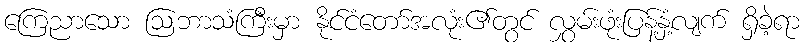
ကြေညာသော ဩဘာသံကြီးမှာ နိုင်ငံတော်အလုံး၏တွင် လွှမ်းဖုံးပြန့်နှံ့လျက် ရှိခဲ့ရာ